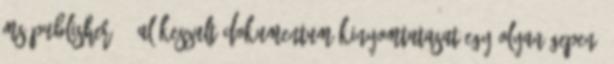
MS Publisher 98-al keszult dokumentum kinyomtatasat egy olyan gepen,